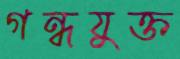
গন্ধযুক্ত